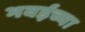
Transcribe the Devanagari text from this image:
भवईच्या